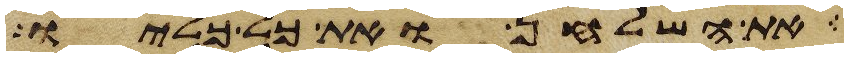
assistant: את השלחן ואת כל כליו